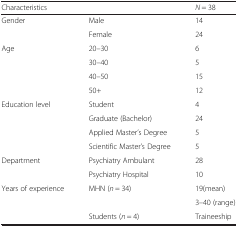
<table><thead><tr><td><b>Characteristics</b></td><td></td><td><b><i>N</i> = 38</b></td></tr></thead><tbody><tr><td rowspan="2">Gender</td><td>Male</td><td>14</td></tr><tr><td>Female</td><td>24</td></tr><tr><td rowspan="4">Age</td><td>20–30</td><td>6</td></tr><tr><td>30–40</td><td>5</td></tr><tr><td>40–50</td><td>15</td></tr><tr><td>50+</td><td>12</td></tr><tr><td rowspan="4">Education level</td><td>Student</td><td>4</td></tr><tr><td>Graduate (Bachelor)</td><td>24</td></tr><tr><td>Applied Master’s Degree</td><td>5</td></tr><tr><td>Scientific Master’s Degree</td><td>5</td></tr><tr><td rowspan="2">Department</td><td>Psychiatry Ambulant</td><td>28</td></tr><tr><td>Psychiatry Hospital</td><td>10</td></tr><tr><td rowspan="3">Years of experience</td><td rowspan="2">MHN (<i>n</i> = 34)</td><td>19(mean)</td></tr><tr><td>3–40 (range)</td></tr><tr><td>Students (<i>n</i> = 4)</td><td>Traineeship</td></tr></tbody></table>